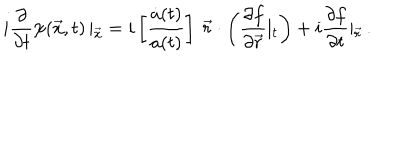
LaTeX: i \frac { \partial } { \partial t } \psi ( \vec { x } , t ) \left| _ { \vec { x } } \right. = i \left[ \frac { \dot { a } ( t ) } { a ( t ) } \right] \ \vec { r } \cdot \left( \frac { \partial f } { \partial \vec { r } } \left| _ t \right. \right) + i \frac { \partial f } { \partial t } \left| _ { \vec { r } } \right. .